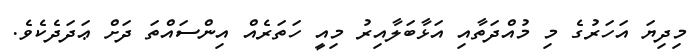
މިދިޔަ އަަހަރުގެ މި މުއްދަތާއި އަޅާބަލާއިރު މިއީ ހަތަރެއް އިންސައްތަ ދަށް ޢަދަދެކެވެ.